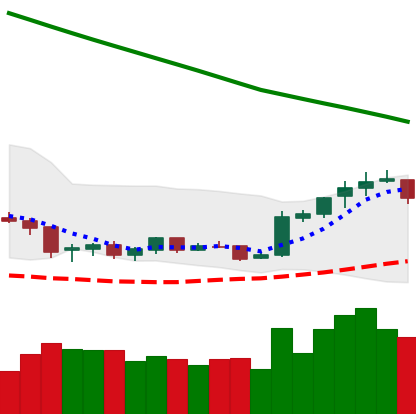
Ticker: NEO-USD
Chart end date: 2019-02-14
Forward return: 13.423%
Label: up_7plus